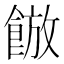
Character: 𮩀